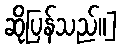
ဆိုပြန်သည်။]